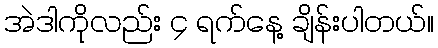
အဲဒါကိုလည်း ၄ ရက်နေ့ ချိန်းပါတယ်။